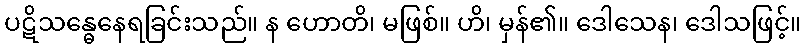
ပဋိသန္ဓေနေရခြင်းသည်။ န ဟောတိ၊ မဖြစ်။ ဟိ၊ မှန်၏။ ဒေါသေန၊ ဒေါသဖြင့်။